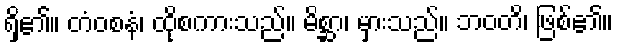
ရှိ၏။ တံဝစနံ၊ ထိုစကားသည်။ မိစ္ဆာ၊ မှားသည်။ ဘဝတိ၊ ဖြစ်၏။